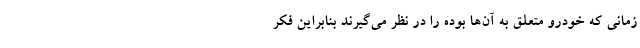
زمانی که خودرو متعلق به آن‌ها بوده را در نظر می‌گیرند بنابراین فکر